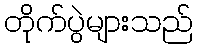
တိုက်ပွဲများသည်